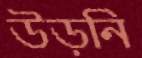
উড়নি